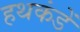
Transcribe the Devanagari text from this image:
हथकंडें